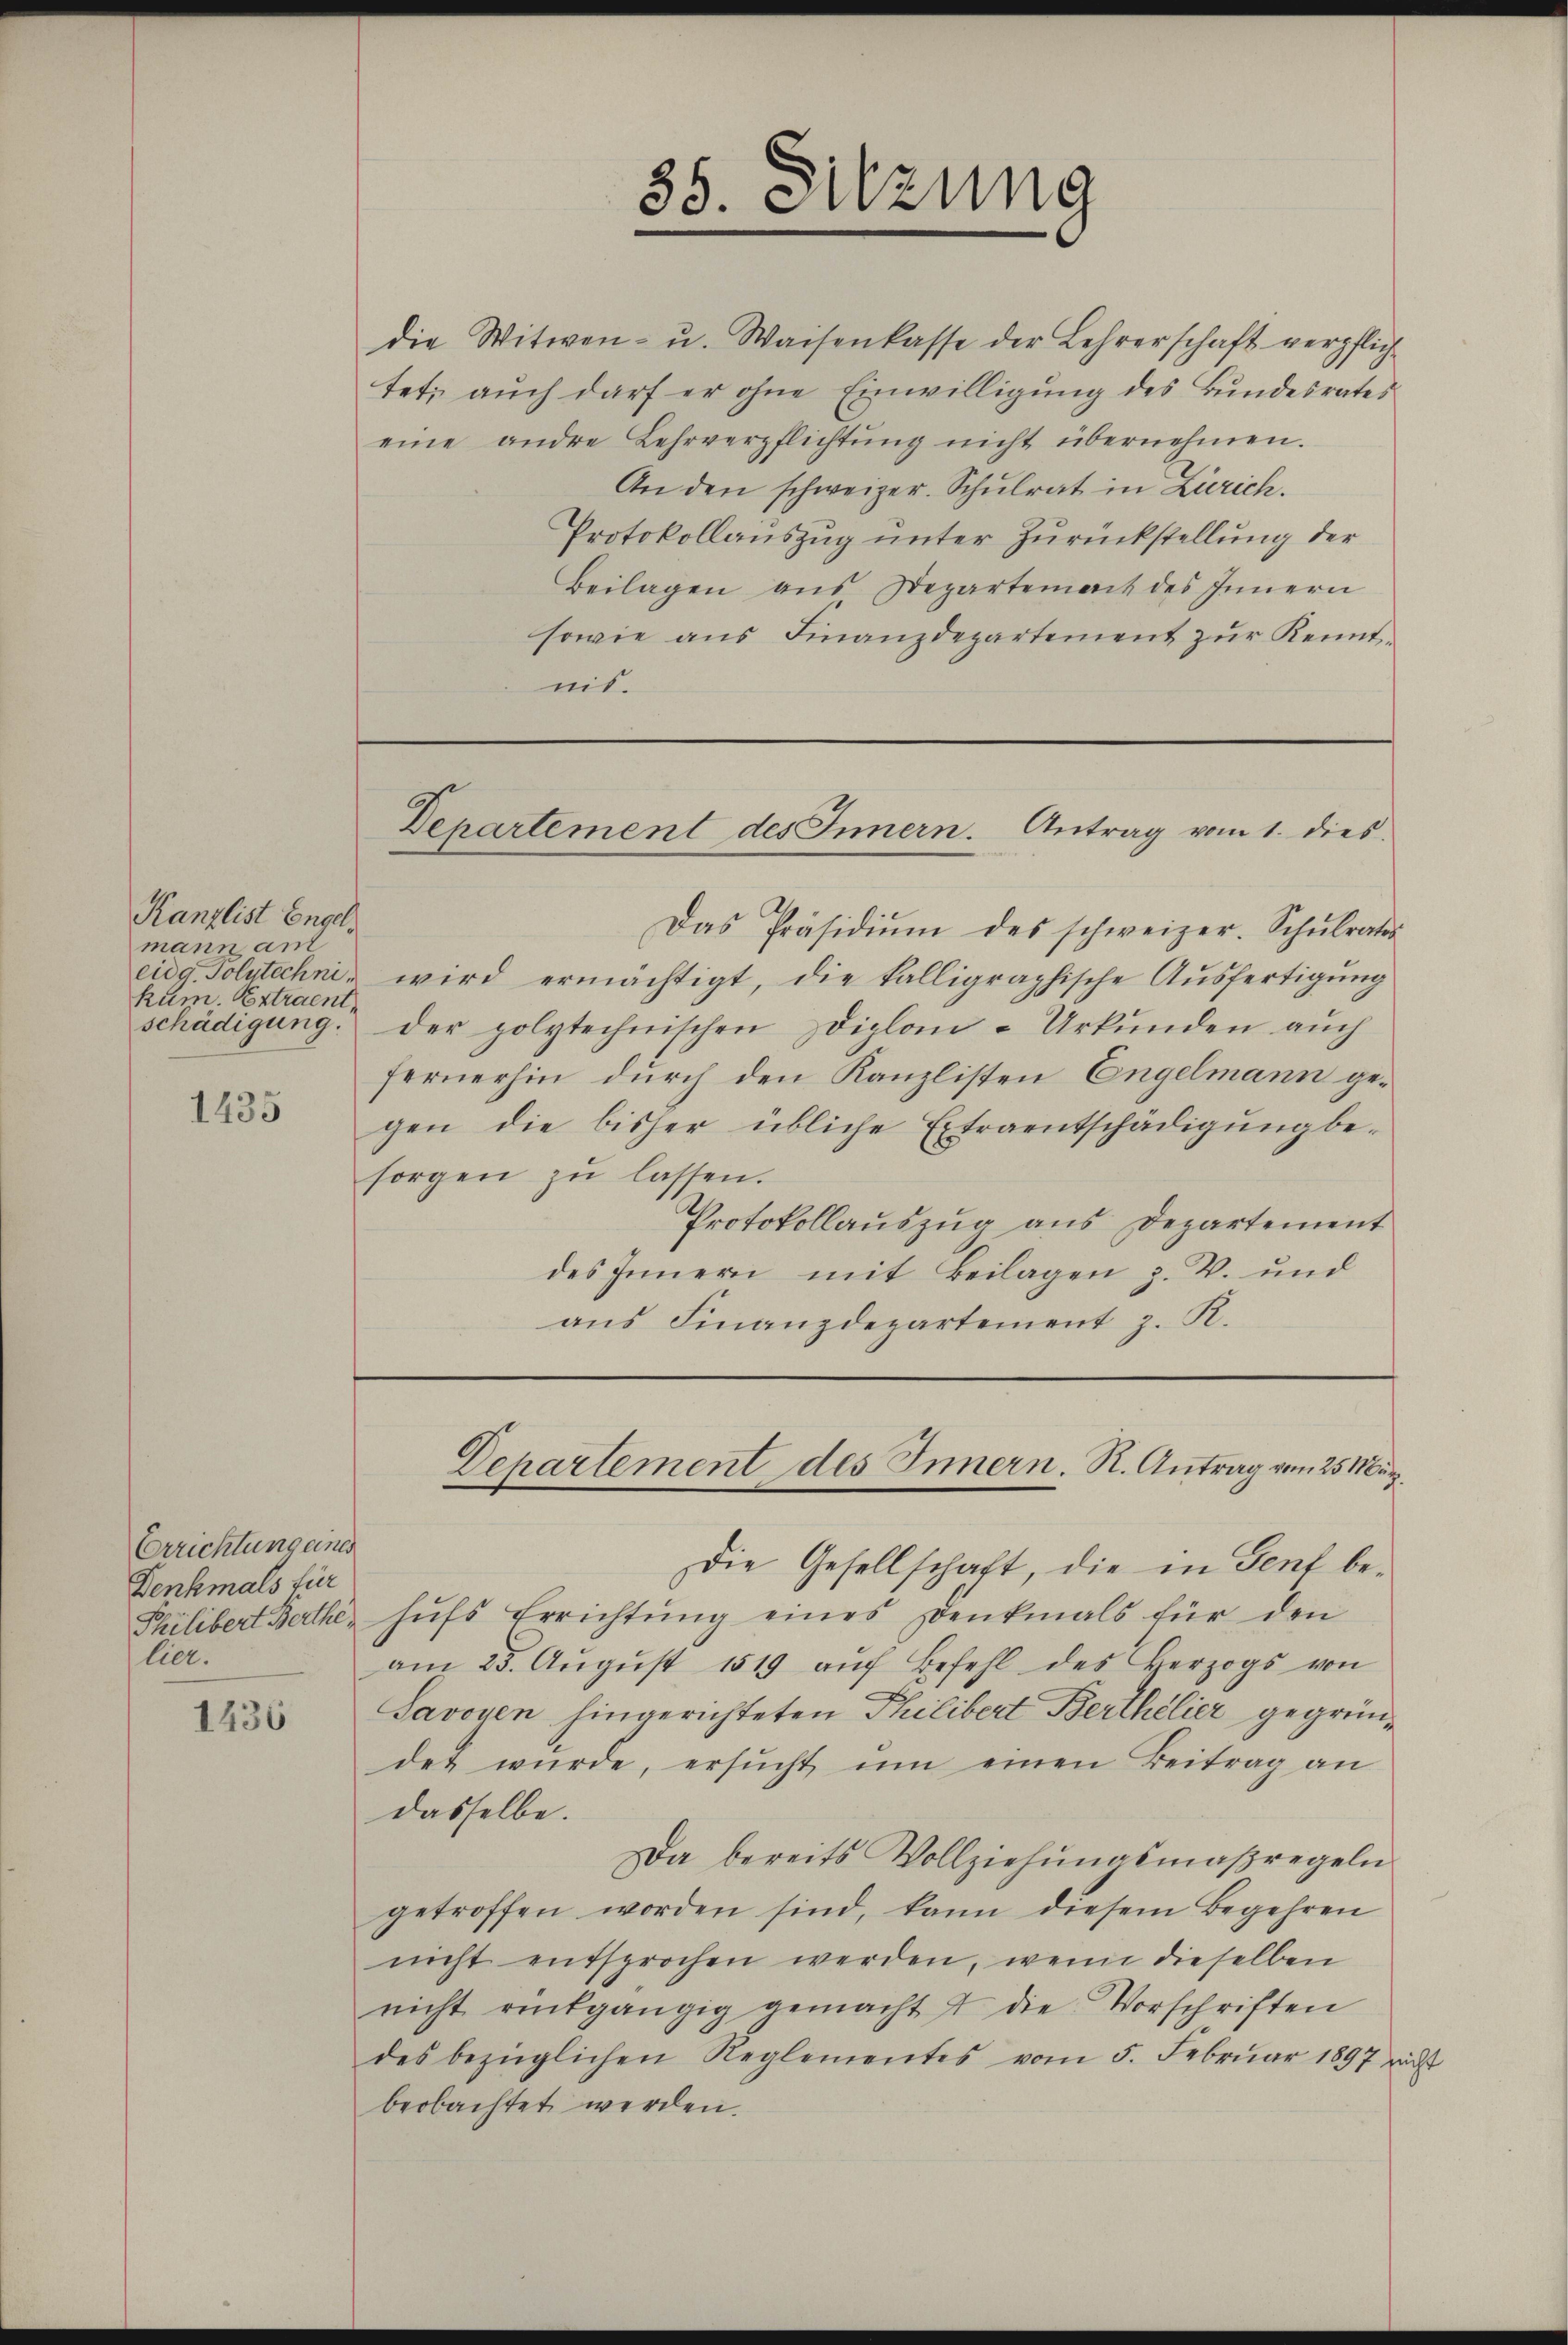
Kanzlist Engel
mann anf
kum. Extraent
schädigung.

1435

Errichtung eines
Denkmals für
lier.

1436

eine andere Lehrverpflichtŭng nicht übernehmen.
An den schweizer. Schŭlrat in Zürich.
Protokollauszug unter Zurückstellung der
Beilagen aus Departement des Innern
sowie aus Finanzdepartement zur Kenntnis.

85. Sitzung

die Witwen- u. Waisenkasse der Lehrerschaft verpflichtet; auch darf er ohne Einwilligung des Bundesrates

Departement des Innern. Antrag vom 1. dies

Das Präsidiŭm des schweizer. Schŭlrates
eidg. Polytechnis wird ermächtigt, die kalligraphische Ausfertigung
der polytechnischen Diplom-Urkunden auch
fernerhin durch den Kanzlisten Engelmann gegen die bisher übliche Extraentschädigŭng be-
sorgen zŭ lassen.
Protokollauszug aus Departement
des Innern mit Beilagen z. B. und
ans Finanzdepartement z. R.

Departement des Innern. R. Antrag von 25 März.

Die Gesellschaft, die in Gent be¬
Philibert Berthe hŭfs Errichtŭng eines Denkmals für den
am 25. Aŭgŭst 1819 aŭf Befehl des Herzogs von
Savoyen hingerichteten Philibert Berthelier gegründet wŭrde, ersŭcht ŭm einen Beitrag an
dasselbe.
Da bereits Vollziehŭngsmaßregeln
getroffen worden sind, kann diesem Begehren
nicht entsprochen werden, wenn dieselben
nicht rückgängig gemacht 7 die Vorschriften
des bezüglichen Reglementes vom 5. Febrŭar 1897 nicht
beobachtet werden.